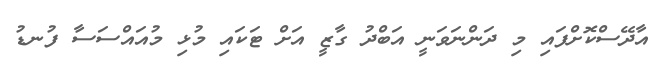
އާދޭސްކޮށްފައި މި ދަންނަވަނީ އަބްދު ގާޒީ އަށް ޓަކައި މުޅި މުއައްސަސާ ފުނޑު